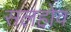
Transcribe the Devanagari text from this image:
सलहोव